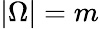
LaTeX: |\Omega|=m